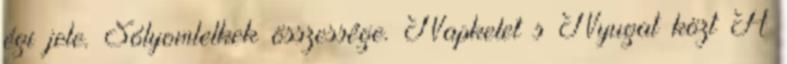
égi jele. Sólyomlelkek összessége. Napkelet s Nyugat közt A